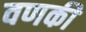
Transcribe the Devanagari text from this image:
वणकी